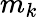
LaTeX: m_{k}